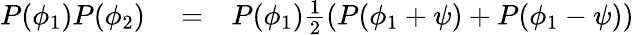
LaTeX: \begin{array}{rlr}{P(\phi_{1})P(\phi_{2})}&{{}=}&{P(\phi_{1})\frac{1}{2}(P(\phi_{1}+\psi)+P(\phi_{1}-\psi))}\end{array}